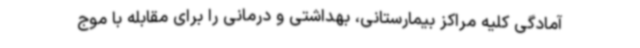
آمادگی کلیه مراکز بیمارستانی، بهداشتی و درمانی را برای مقابله با موج